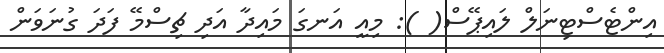
އިންޓެސްޓިނަލް ލައިޕޭސް( ): މިއީ އަނގަ މައިދާ އަދި ޗިސްމޭ ފަދަ ގުނަވަން